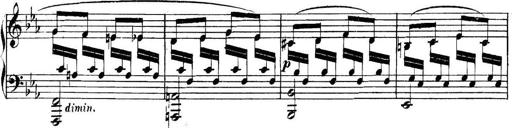
Title: Collected Piano Sonatas
Composer: Muzio Clementi